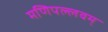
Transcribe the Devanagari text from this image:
मणिपल्लवम्